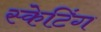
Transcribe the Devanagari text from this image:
स्‍केटिंग